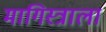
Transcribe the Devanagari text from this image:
मागिस्त्राला